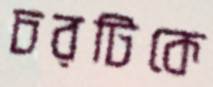
চরটিকে